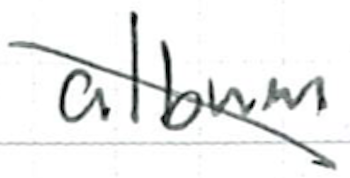
Text: album
Cross-out: diagonal
Writing tool: ballpoint